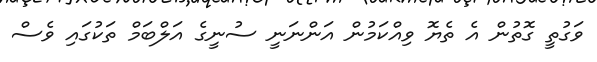
ވަގުތީ ގޮތުން އެ ތެޔޮ ވިއްކަމުން އަންނަނީ ސުނީގެ އަލްބަމް ތަކުގައި ވެސް